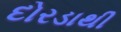
દોરડાથી